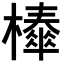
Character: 𣞜